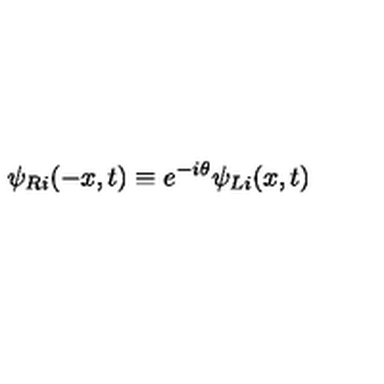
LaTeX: \psi _ { R i } ( - x , t ) \equiv e ^ { - i \theta } \psi _ { L i } ( x , t )